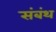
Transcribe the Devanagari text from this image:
संबंथ